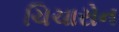
ચિચારોન